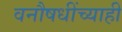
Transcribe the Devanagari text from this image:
वनौषधींच्याही